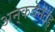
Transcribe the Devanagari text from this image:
अन्‌कवॆनॆंटॆड्